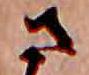
さ